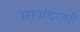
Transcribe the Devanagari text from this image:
माज़ंदरानी